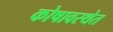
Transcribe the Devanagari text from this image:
कोषावस्थेत